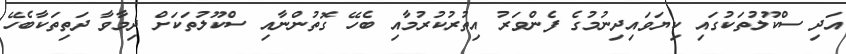
އަދި ސްކޫލުތަކުގައި ކިޔަވައިދިނުމުގެ ފެންވަރު އިތުރުކުރުމާއި ބެހޭ ގޮތުންނާއި ސްކޫލުތަކަށް ދިމާވާ ދަތިތަކާބެހޭ